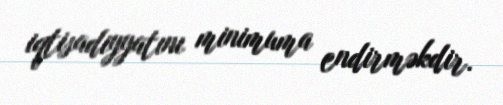
iqtisadiyyatını minimuma endirməkdir.